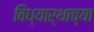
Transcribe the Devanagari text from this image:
विध्यार्थाच्या